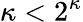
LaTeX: \kappa<2^{\kappa}